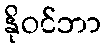
နိုဝင်ဘာ